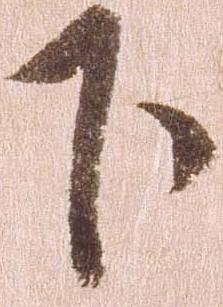
下